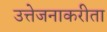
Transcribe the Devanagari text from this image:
उत्तेजनाकरीता